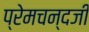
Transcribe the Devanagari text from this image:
प्रेमचन्दजी